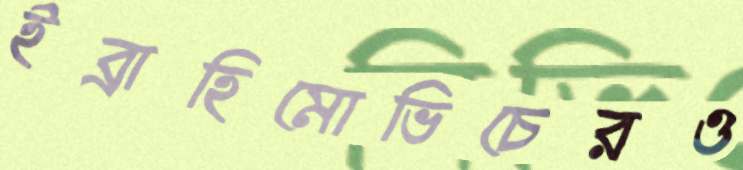
ইব্রাহিমোভিচেরও